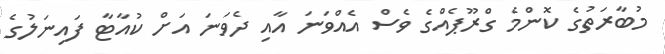
މުބާރަތުގެ ކޮންމެ ގްރޫޕެއްގެ ވެސް އެއްވަނަ އާއި ދެވަނަ އަށް ކުއާޓާ ފައިނަލުގެ